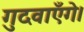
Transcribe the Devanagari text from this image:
गुदवाएँगे।